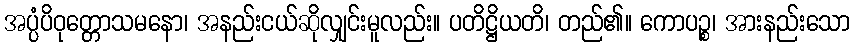
အပ္ပံပိဝုတ္တောသမနော၊ အနည်းငယ်ဆိုလျှင်းမူလည်း။ ပတိဋ္ဌိယတိ၊ တည်၏။ ကောပဉ္စ၊ အားနည်းသော